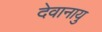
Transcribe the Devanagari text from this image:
देवानायु